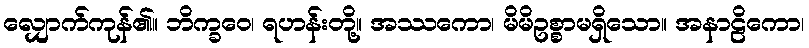
လျှောက်ကုန်၏။ ဘိက္ခဝေ၊ ရဟန်းတို့။ အဿကော၊ မိမိဥစ္စာမရှိသော။ အနာဠိကော၊